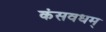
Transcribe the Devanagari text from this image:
कंसवधम्